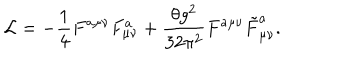
{ \cal L } = - \frac { 1 } { 4 } F ^ { a \mu \nu } F _ { \mu \nu } ^ { a } + \frac { \theta g ^ { 2 } } { 3 2 \pi ^ { 2 } } F ^ { a \mu \nu } \tilde { F } _ { \mu \nu } ^ { a } .